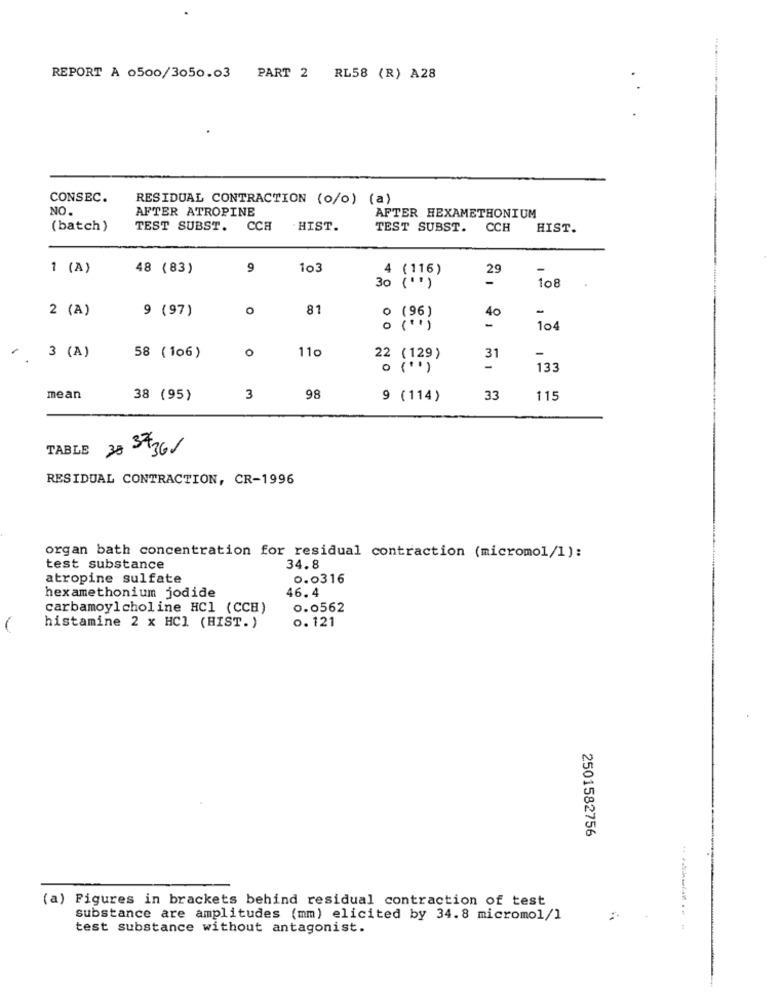
REPORT À 0500/3050.03 PART 2 RL58 (R) A28
CONSEC.
RESIDUAL CONTRACTION (o/o) (a)
NO.
AFTER ATROPINE
AFTER HEXAMETHONIUM
(batch)
TEST SUBST.
CCH
. HIST.
TEST SUBST.
CCH
HIST.
1 (A)
48 (83)
9
103
29
-
108
30 ( 11 )
2 (A)
9 (97)
o
81
o (96)
-
40
o (1)
-
104
11
3 (A)
58 ( 106)
0
22 (129)
31
-
o (+)
1
133
mean
38 (95)
3
98
9 (114)
33
115
TABLE 38 3436/
RESIDUAL CONTRACTION, CR-1996
organ bath concentration for residual contraction (micromol/1):
test substance
34.8
atropine sulfate
0.0316
hexamethonium jodide
46.4
carbamoyl choline HC1 (CCH)
0.0562
0.121
histamine 2 x HCl (HIST. )
.
2501582756
(a) Figures in brackets behind residual contraction of test
substance are amplitudes (mm) elicited by 34.8 micromol/l
test substance without antagonist.